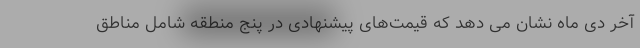
آخر دی ماه نشان می دهد که قیمت‌های پیشنهادی در پنج منطقه شامل مناطق